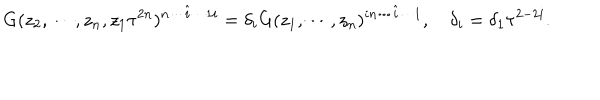
G ( z _ { 2 } , \cdots , z _ { n } , z _ { 1 } \tau ^ { 2 n } ) ^ { n \cdots \hat { i } \cdots 1 i } = \delta _ { i } G ( z _ { 1 } , \cdots , z _ { n } ) ^ { i n \cdots \hat { i } \cdots 1 } , ~ \delta _ { i } = \delta _ { 1 } \tau ^ { 2 - 2 i } .